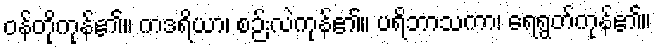
ဝန်တိုကုန်၏။ ကဒရိယာ၊ စဉ်းလဲကုန်၏။ ပရိဘာသကာ၊ ရေရွတ်ကုန်၏။